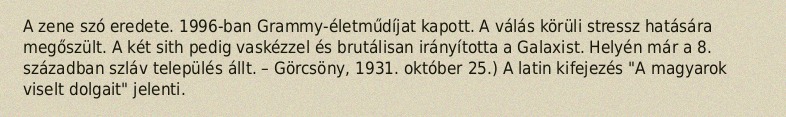
A zene szó eredete. 1996-ban Grammy-életműdíjat kapott. A válás körüli stressz hatására megőszült. A két sith pedig vaskézzel és brutálisan irányította a Galaxist. Helyén már a 8. században szláv település állt. – Görcsöny, 1931. október 25.) A latin kifejezés "A magyarok viselt dolgait" jelenti.